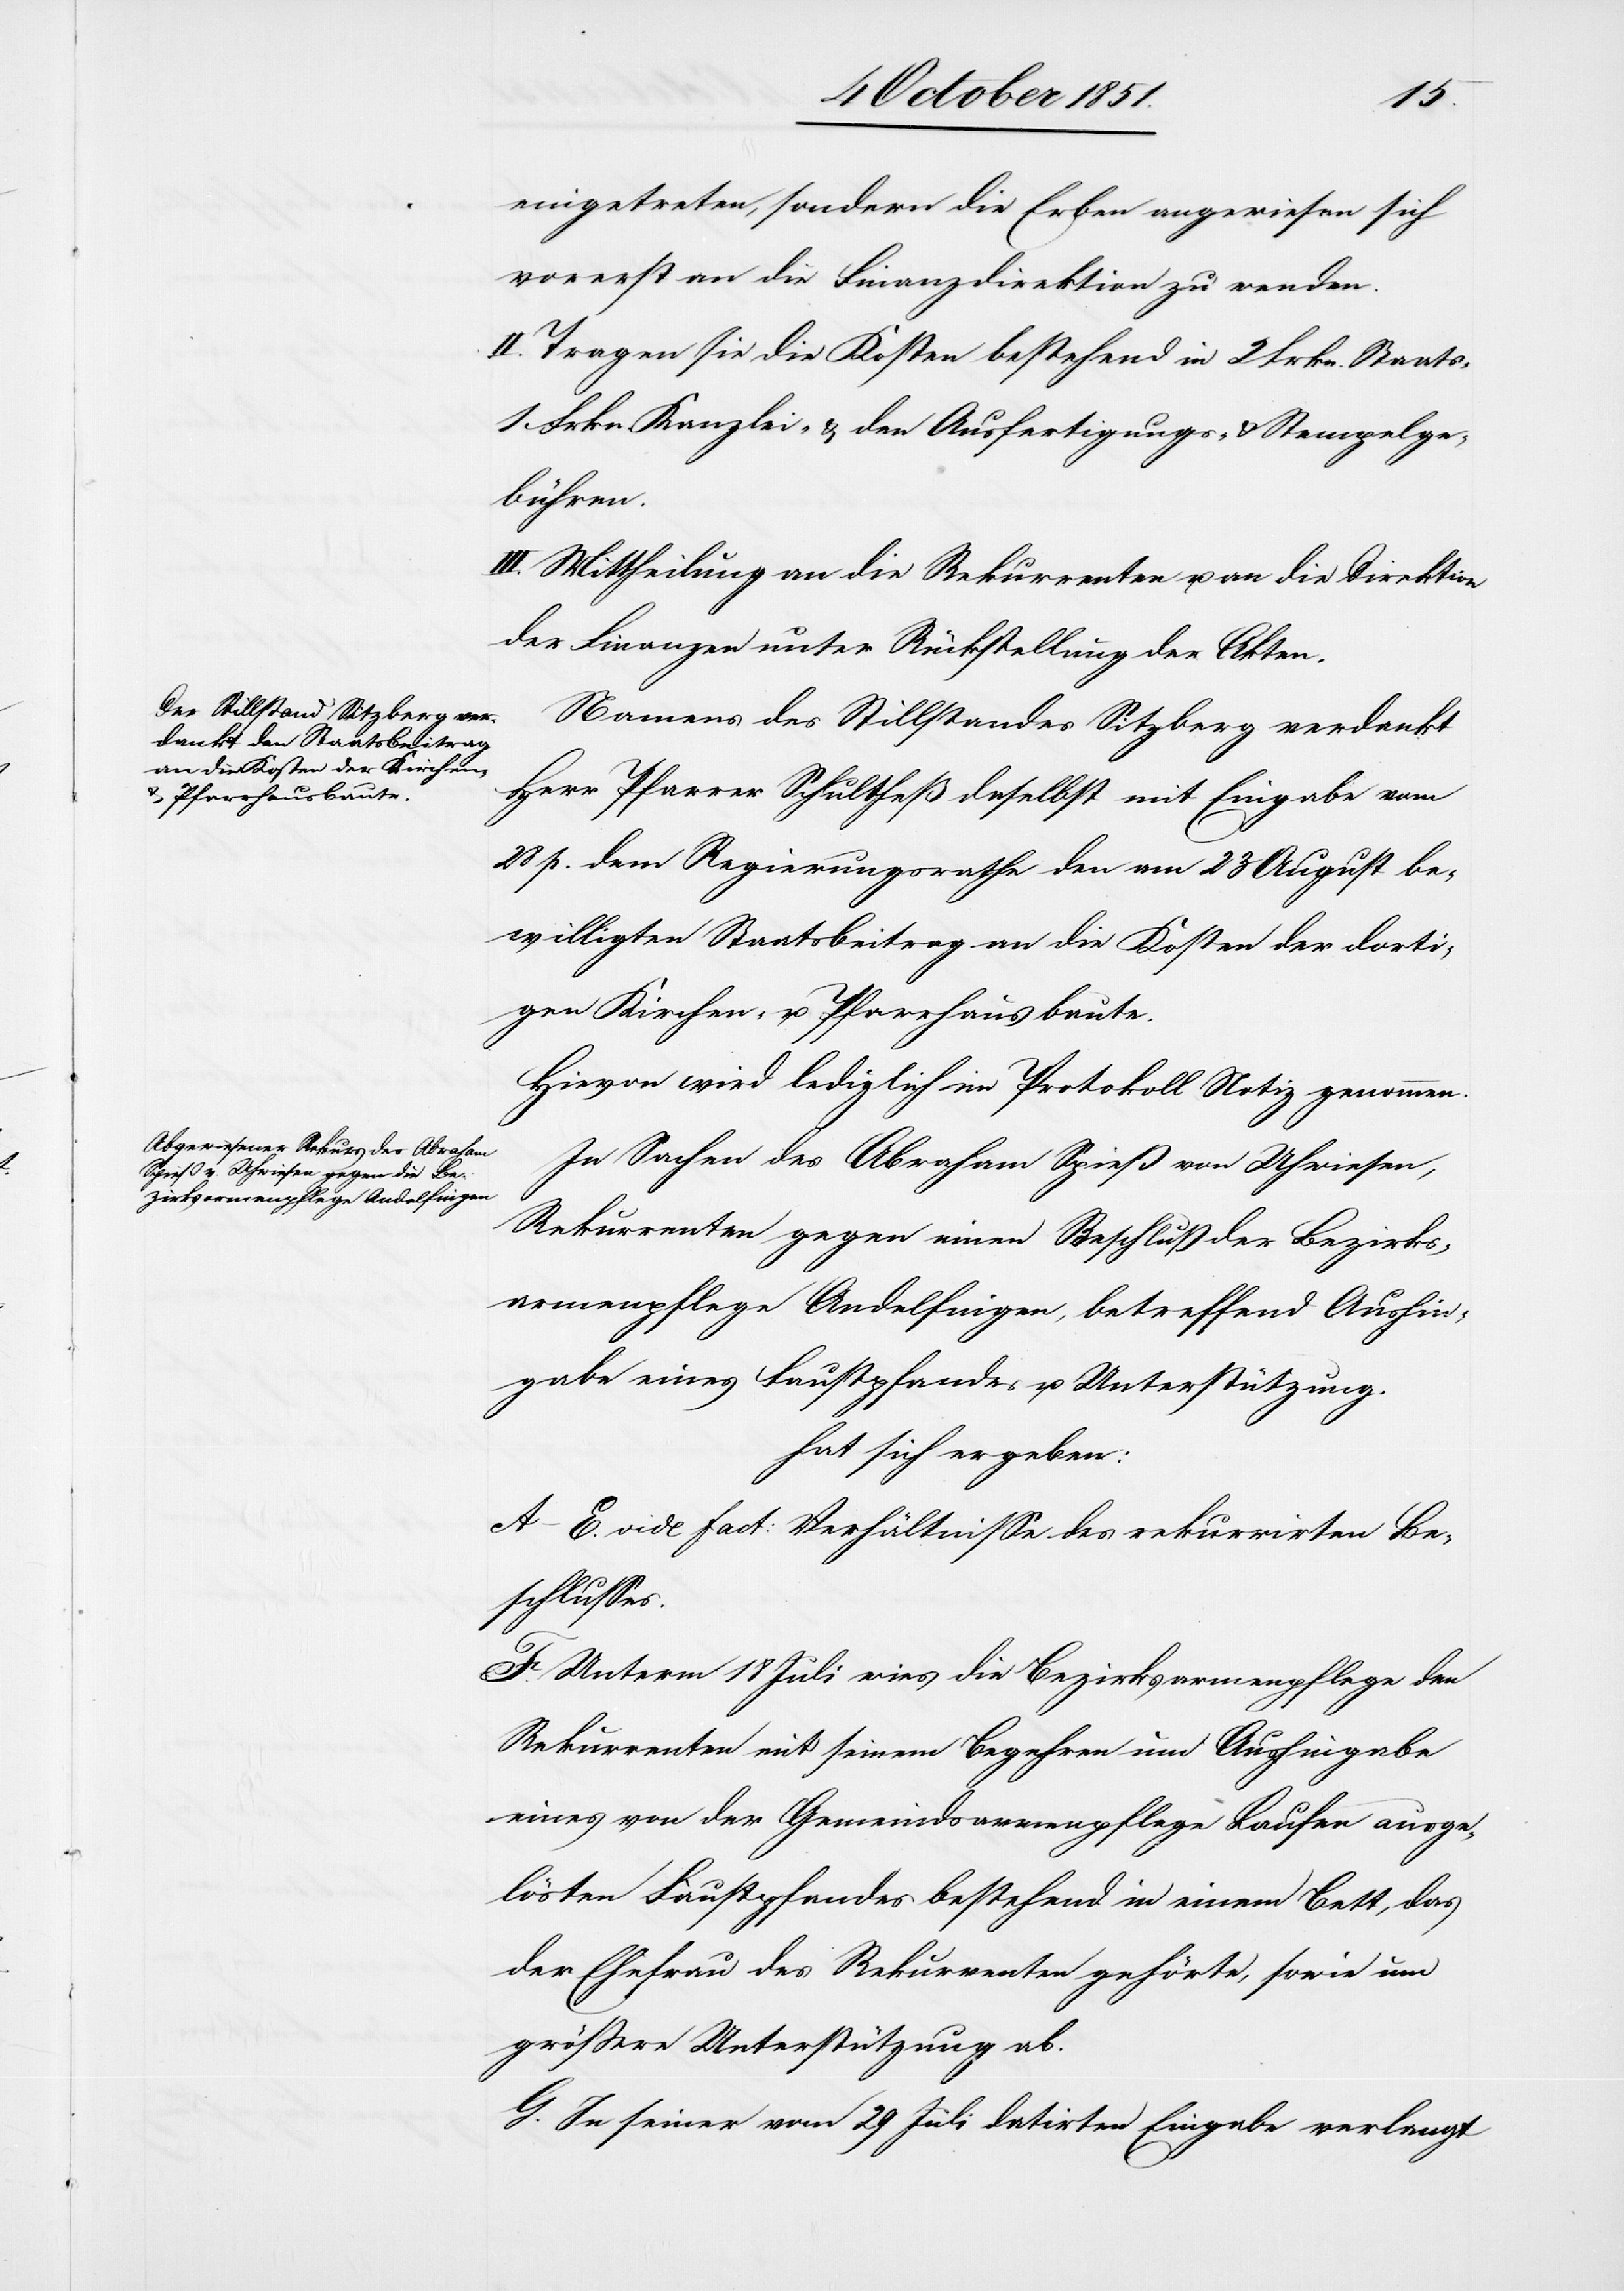
eingetreten, sondern die Erben angewiesen sich
vorerst an die Finanzdirektion zu wenden.
II. Tragen sie die Kosten bestehend in 2 Frkn. Staats-[,]
1 Frkn. Kanzlei- & den Ausfertigungs- & Stempelge¬
bühren.
III. Mittheilung an die Rekurrenten u. an die Direktion
der Finanzen unter Rückstellung der Akten.
Namens des Stillstandes Sitzberg verdankt
Herr Pfarrer Schultheß daselbst mit Eingabe vom
28 p. dem Regierungsrathe den am 23 August be¬
willigten Staatsbeitrag an die Kosten der dorti¬
gen Kirchen- u. Pfarrhausbaute.
Hievon wird lediglich im Protokoll Notiz genommen.
In Sachen des Abraham Spieß von Uhwiesen,
Rekurrenten gegen einen Beschluß der Bezirks¬
armenpflege Andelfingen, betreffend Aushin¬
gabe eines Faustpfandes u. Unterstützung.
hat sich ergeben:
A–E. vide fact: Verhältnisse des rekurrirten Be¬
schlusses.
F. Unterm 18 Juli wies die Bezirksarmenpflege den
Rekurrenten mit seinem Begehren um Aushingabe
eines von der Gemeindsarmenpflege Laufen ausge¬
lösten Faustpfandes bestehend in einem Bett, das
der Ehefrau des Rekurrenten gehörte, sowie um
größere Unterstützung ab.
G. In seiner vom 29 Juli datirten Eingabe verlangt